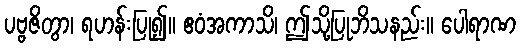
ပဗ္ဗဇိတွာ၊ ရဟန်းပြု၍။ ဧဝံအကာသိ၊ ဤသို့ပြုဘိသနည်း။ ပေါရာဏ